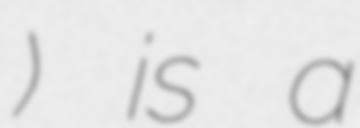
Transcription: Время) is a